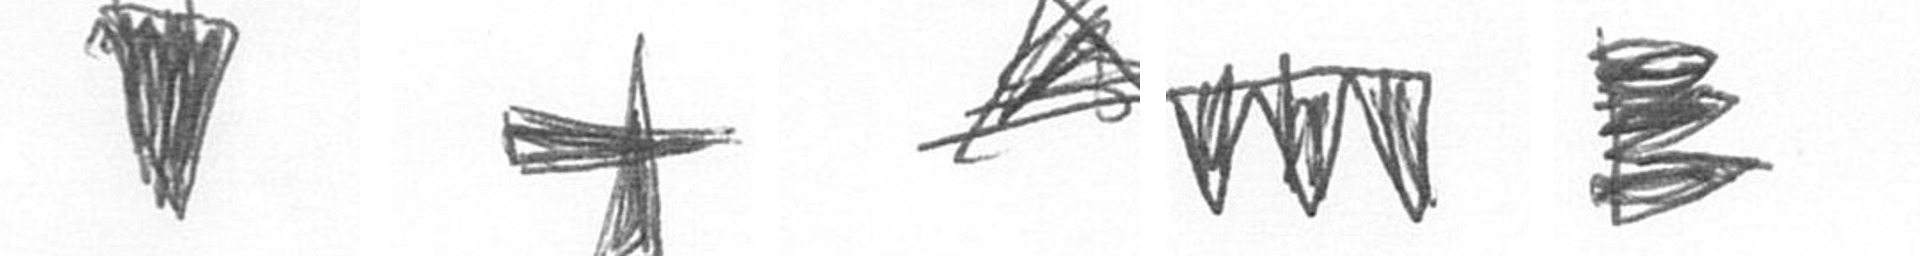
J G O L H